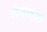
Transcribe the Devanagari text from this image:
पियाज़्ज़ी